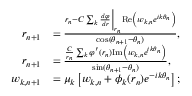
\begin{array} { r l } { r _ { n + 1 } } & { = \frac { r _ { n } - C \sum _ { k } \frac { d \varphi } { d r } \bigg | _ { r _ { n } } \mathrm { R e } \left( w _ { k , n } e ^ { i k \theta _ { n } } \right) } { \cos ( \theta _ { n + 1 } - \theta _ { n } ) } , } \\ { r _ { n + 1 } } & { = \frac { \frac { C } { r _ { n } } \sum _ { k } \varphi ^ { \prime } ( r _ { n } ) \mathrm { I m } \left( w _ { k , n } e ^ { i k \theta _ { n } } \right) } { \sin ( \theta _ { n + 1 } - \theta _ { n } ) } , } \\ { w _ { k , n + 1 } } & { = \mu _ { k } \left[ w _ { k , n } + \phi _ { k } ( r _ { n } ) e ^ { - i k \theta _ { n } } \right] ; } \end{array}